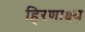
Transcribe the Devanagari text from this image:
हिरणाक्ष्य